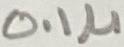
Text: 0.1µ